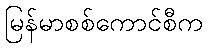
မြန်မာစစ်ကောင်စီက